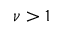
\nu > 1